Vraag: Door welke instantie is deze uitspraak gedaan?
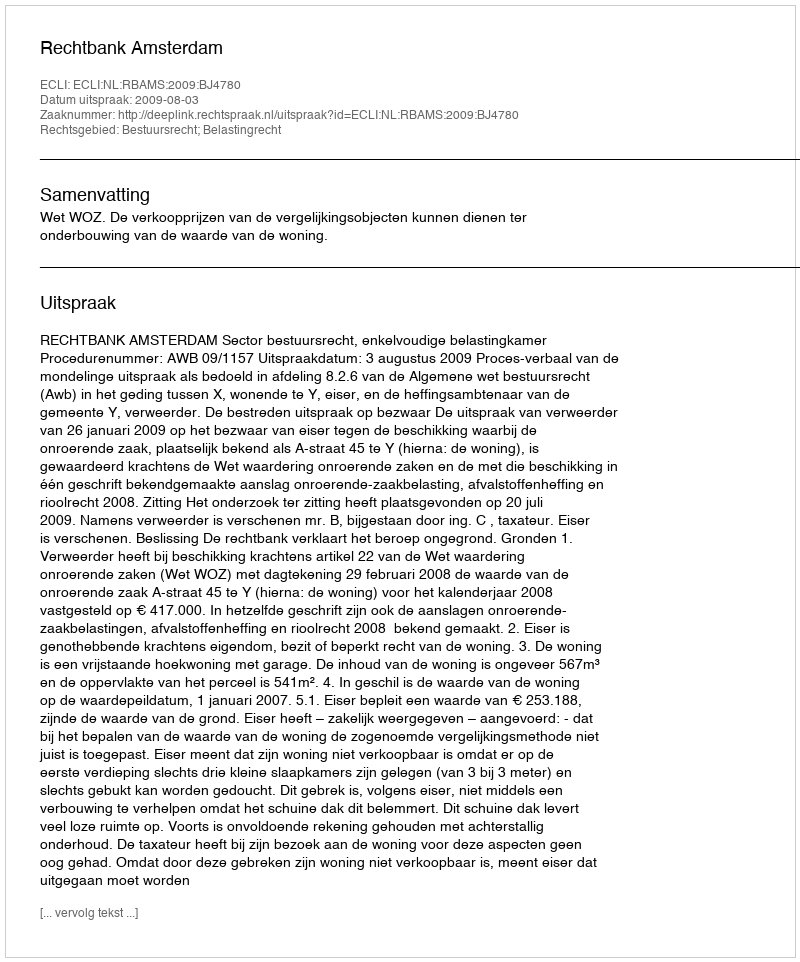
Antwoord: Rechtbank Amsterdam